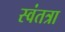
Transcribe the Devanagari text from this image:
स्वंतत्रा